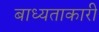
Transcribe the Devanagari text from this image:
बाध्यताकारी